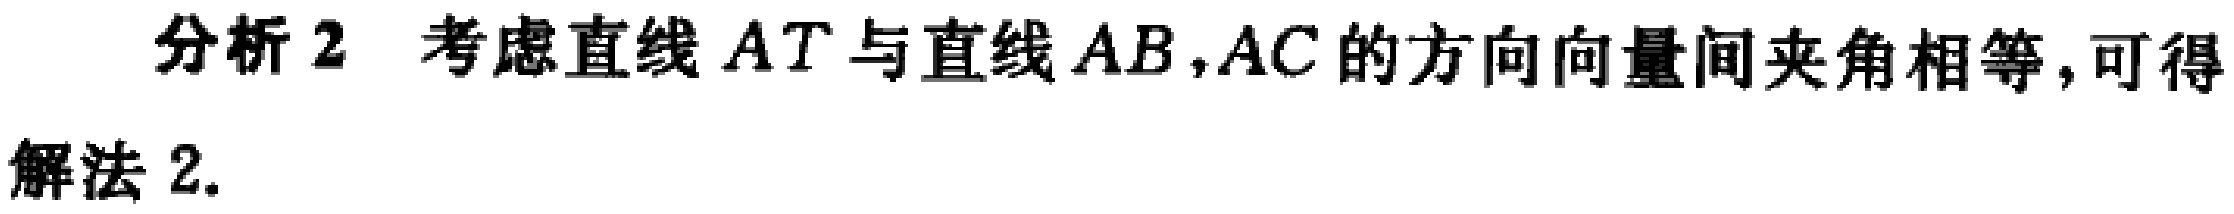
分析 2 考虑直线 \(AT\) 与直线 \(AB,AC\) 的方向向量间夹角相等,可得

解法 2.